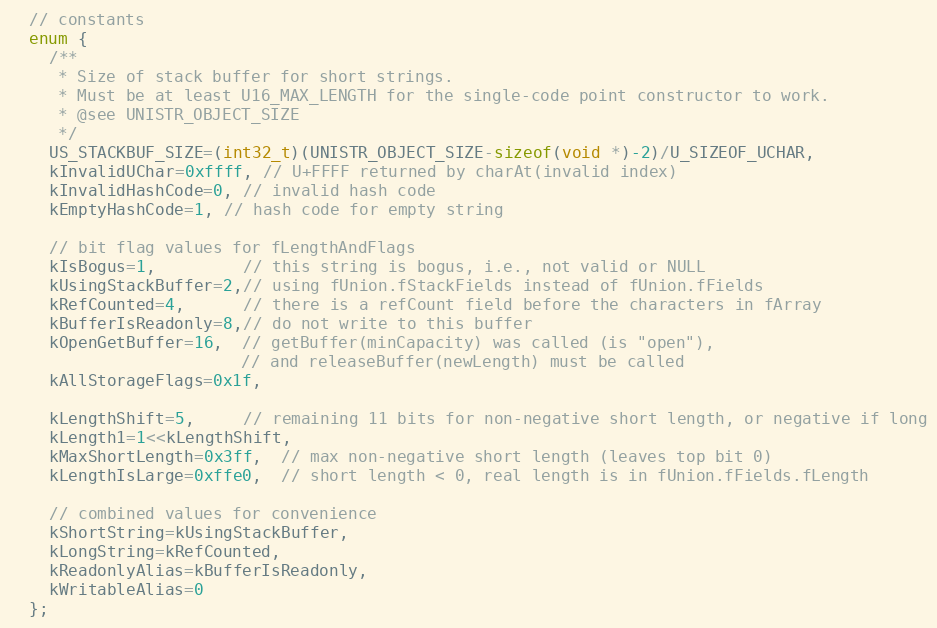
Language: C
  // constants
  enum {
    /**
     * Size of stack buffer for short strings.
     * Must be at least U16_MAX_LENGTH for the single-code point constructor to work.
     * @see UNISTR_OBJECT_SIZE
     */
    US_STACKBUF_SIZE=(int32_t)(UNISTR_OBJECT_SIZE-sizeof(void *)-2)/U_SIZEOF_UCHAR,
    kInvalidUChar=0xffff, // U+FFFF returned by charAt(invalid index)
    kInvalidHashCode=0, // invalid hash code
    kEmptyHashCode=1, // hash code for empty string

    // bit flag values for fLengthAndFlags
    kIsBogus=1,         // this string is bogus, i.e., not valid or NULL
    kUsingStackBuffer=2,// using fUnion.fStackFields instead of fUnion.fFields
    kRefCounted=4,      // there is a refCount field before the characters in fArray
    kBufferIsReadonly=8,// do not write to this buffer
    kOpenGetBuffer=16,  // getBuffer(minCapacity) was called (is "open"),
                        // and releaseBuffer(newLength) must be called
    kAllStorageFlags=0x1f,

    kLengthShift=5,     // remaining 11 bits for non-negative short length, or negative if long
    kLength1=1<<kLengthShift,
    kMaxShortLength=0x3ff,  // max non-negative short length (leaves top bit 0)
    kLengthIsLarge=0xffe0,  // short length < 0, real length is in fUnion.fFields.fLength

    // combined values for convenience
    kShortString=kUsingStackBuffer,
    kLongString=kRefCounted,
    kReadonlyAlias=kBufferIsReadonly,
    kWritableAlias=0
  };